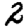
Digit: 2